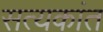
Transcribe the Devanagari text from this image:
सत्यकांत